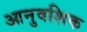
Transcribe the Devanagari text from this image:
आनुवशिक